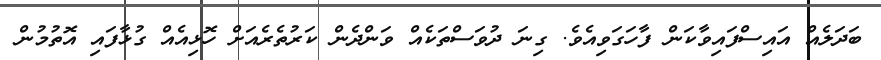
ބަދަލެއް އައިސްފައިވާކަން ފާހަގަވިއެވެ. ގިނަ ދުވަސްތަކެއް ވަންދެން ކަރުތެރެއަށް ހޮޅިއެއް ގުޅާފައި އޮތުމުން